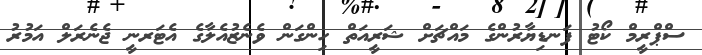
ސްޕްރީމް ކޯޓު ފަނޑިޔާރުންގެ މައްޗަށް ޝަރީއަތް ހިންގަން ވެނެޒުއެލާގެ އެޓަރނީ ޖެނެރަލް އަމުރު